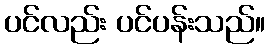
ပင်လည်း ပင်ပန်းသည်။